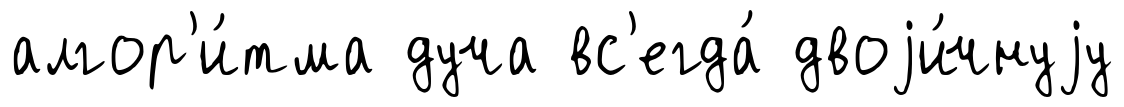
алгор'и́тма дуча вс'егда́ двоjи́чнуjу